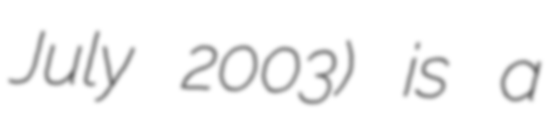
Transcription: July 2003) is a